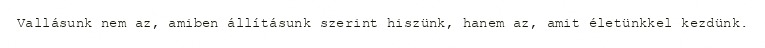
Vallásunk nem az, amiben állításunk szerint hiszünk, hanem az, amit életünkkel kezdünk.